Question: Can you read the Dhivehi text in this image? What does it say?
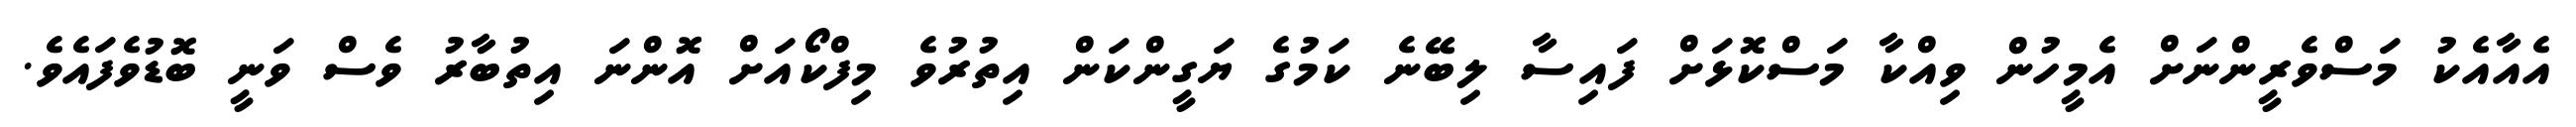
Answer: އެއާއެކު މަސްވެރީންނަށް އެމީހުން ވިއްކާ މަސްކޮޅަށް ފައިސާ ލިބޭނެ ކަމުގެ ޔަގީންކަން އިތުރުވެ މިފްކޯއަށް އޮންނަ އިތުބާރު ވެސް ވަނީ ބޮޑުވެފައެވެ.